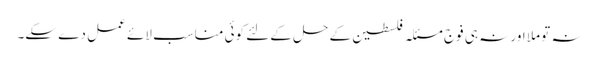
نہ تو ملا اور نہ ہی فوج مسئلہ فلسطین کے حل کے لئے کوئی مناسب لائے عمل دے سکے۔